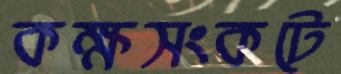
কক্ষসংকটে